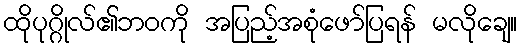
ထိုပုဂ္ဂိုလ်၏ဘဝကို အပြည့်အစုံဖော်ပြရန် မလိုချေ။